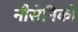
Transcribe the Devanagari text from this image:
नौसेनिको